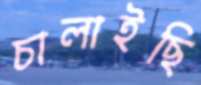
চালাইছি